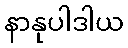
နာနုပါဒါယ